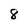
Character: 8